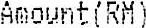
AMOUNT(RM)